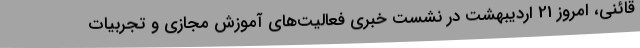
قائنی، امروز 21 اردیبهشت در نشست خبری فعالیت‌های آموزش مجازی و تجربیات